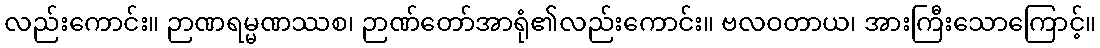
လည်းကောင်း။ ဉာဏရမ္မဏဿစ၊ ဉာဏ်တော်အာရုံ၏လည်းကောင်း။ ဗလဝတာယ၊ အားကြီးသောကြောင့်။